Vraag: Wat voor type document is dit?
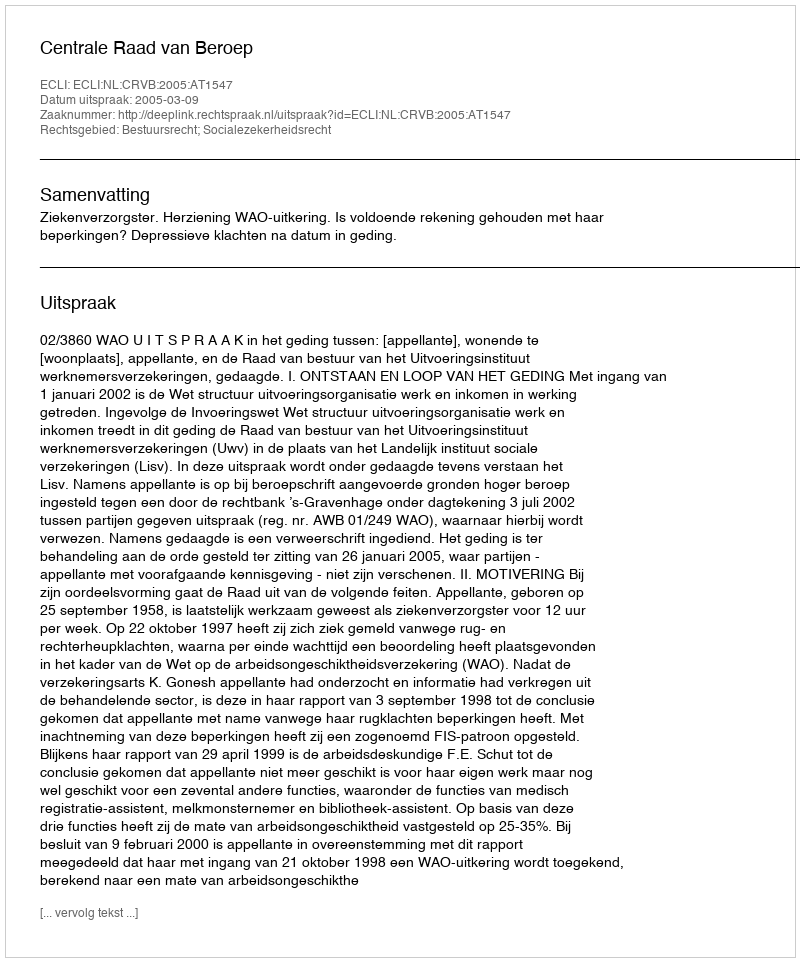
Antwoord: Uitspraak